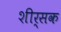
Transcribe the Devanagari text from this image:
शीर्सक